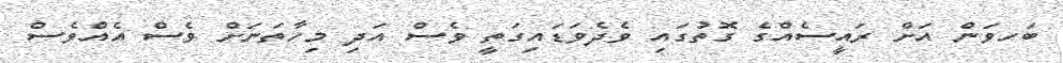
ބަހވަން އަށް ރައީސެއްގެ ގޮތުގައި ވެދެވަޑައިގަތީ ވެސް އަދި މިހާތަނަށް ވެސް އެއްވެސް